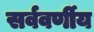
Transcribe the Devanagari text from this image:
सर्ववर्णीय